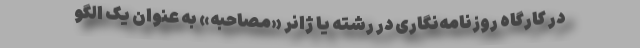
در کارگاه روزنامه‌نگاری در رشته یا ژانر «مصاحبه» به عنوان یک الگو